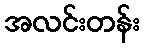
အလင်းတန်း